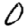
Digit: 0